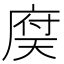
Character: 𢉶